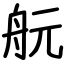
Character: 𦨞